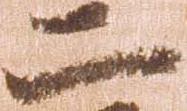
二